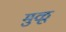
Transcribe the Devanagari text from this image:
मुळू